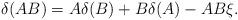
LaTeX: \begin{align*}\delta(AB)=A\delta(B)+B\delta(A)-AB\xi.\end{align*}